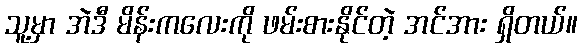
သူ့မှာ အဲဒီ မိန်းကလေးကို ဖမ်းစားနိုင်တဲ့ အင်အား ရှိတယ်။